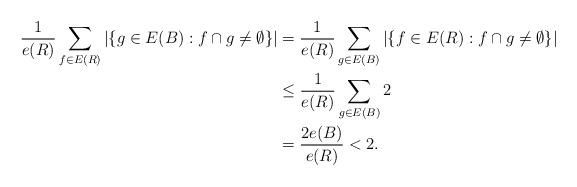
LaTeX: \begin{align*}\frac{1}{e(R)}\sum_{f \in E(R)} |\{g \in E(B) : f\cap g \neq \emptyset\}| &= \frac{1}{e(R)}\sum_{g \in E(B)} |\{f \in E(R) : f\cap g \neq \emptyset\}|\\&\le \frac{1}{e(R)}\sum_{g \in E(B)} 2\\&= \frac{2e(B)}{e(R)} <2.\end{align*}